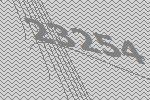
23254